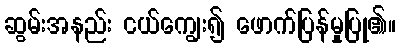
ဆွမ်းအနည်း ငယ်ကျွေး၍ ဖောက်ပြန်မှုပြု၏။